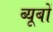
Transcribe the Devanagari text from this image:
ब्यूबों